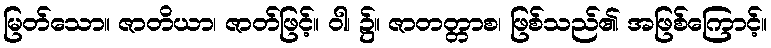
မြတ်သော။ ဇာတိယာ၊ ဇာတ်ဖြင့်။ ဝါ၊ ၌။ ဇာတတ္တာစ၊ ဖြစ်သည်၏ အဖြစ်ကြောင့်။